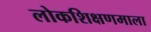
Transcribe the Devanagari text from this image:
लोकशिक्षणमाला